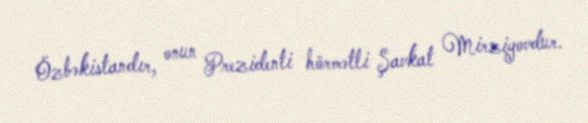
Özbəkistandır, onun Prezidenti hörmətli Şavkat Mirziyovdur.